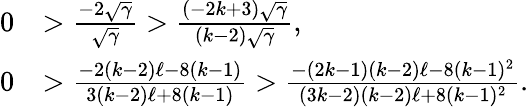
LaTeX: \begin{array}{rl}{0}&{>\frac{-2\sqrt{\gamma}}{\sqrt{\gamma}}>\frac{(-2k+3)\sqrt{\gamma}}{(k-2)\sqrt{\gamma}},}\\ {0}&{>\frac{-2(k-2)\ell-8(k-1)}{3(k-2)\ell+8(k-1)}>\frac{-(2k-1)(k-2)\ell-8(k-1)^{2}}{(3k-2)(k-2)\ell+8(k-1)^{2}}.}\end{array}